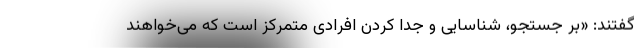
گفتند: ‌«بر جستجو، شناسایی و جدا کردن افرادی متمرکز است که می‌خواهند